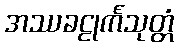
အဿခဠုင်္ကသုတ္တံ